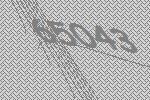
65043